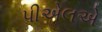
પીએલએ